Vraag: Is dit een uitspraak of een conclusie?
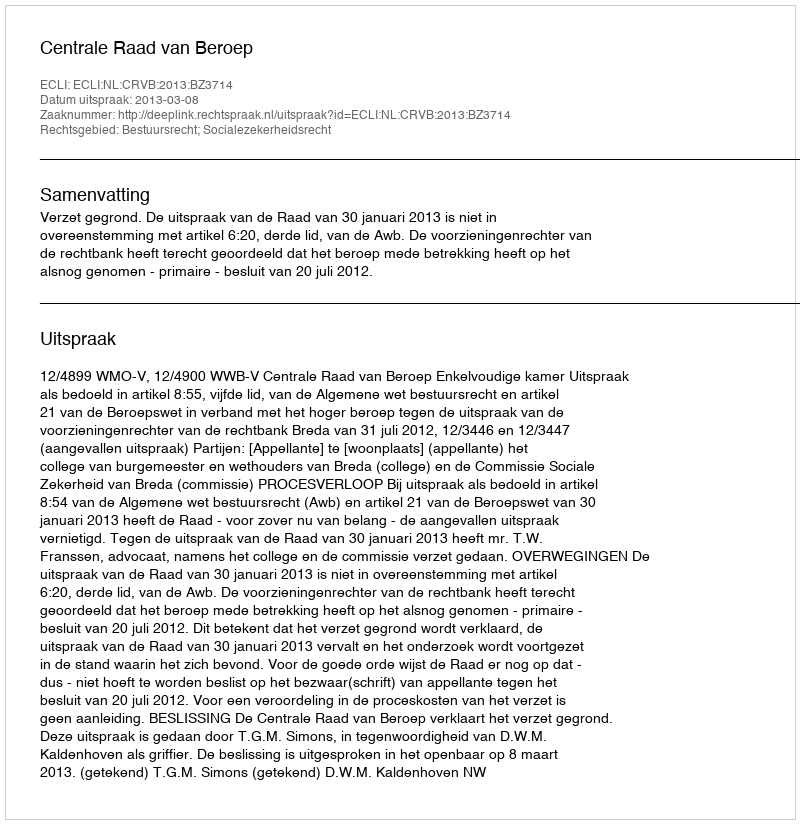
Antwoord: Uitspraak